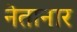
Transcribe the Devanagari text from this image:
नेतानार